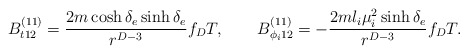
\begin{align*}B^{(11)}_{t12}={{2m\cosh\delta_e\sinh\delta_e}\over{r^{D-3}}}f_DT, \ \ \ \ \ \ B^{(11)}_{\phi_i12}=-{{2ml_i\mu^2_i\sinh\delta_e}\over{r^{D-3}}}f_DT.\end{align*}